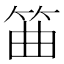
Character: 筁